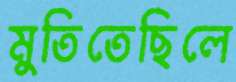
মুতিতেছিলে